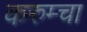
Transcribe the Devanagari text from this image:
करुम्चा